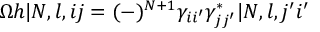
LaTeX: \Omega h | N , l , i j = ( - ) ^ { N + 1 } \gamma _ { i i ^ { \prime } } \gamma _ { j j ^ { \prime } } ^ { * } | N , l , j ^ { \prime } i ^ { \prime }